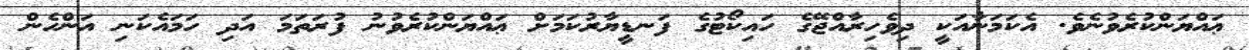
ޢައްޔަންކުރެވުނެވެ. އެކަމަނާއަކީ ދިވެހިރާއްޖޭގެ ހައިކޯޓުގެ ފަނޑީޔާރުކަމަށް ޢައްޔަންކުރެވުނު ފުރަތަމަ އަދި ހަމައެކަނި އަންހެން